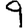
Digit: 9